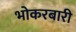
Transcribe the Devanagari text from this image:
भोकरबारी